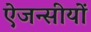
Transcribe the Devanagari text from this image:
ऐजन्सीयों